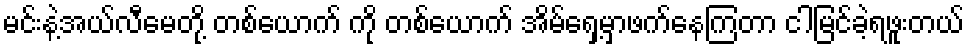
မင်းနဲ့အယ်လီမေတို့ တစ်ယောက် ကို တစ်ယောက် အိမ်ရှေ့မှာဖက်နေကြတာ ငါမြင်ခဲ့ရဖူးတယ်